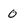
Character: 0